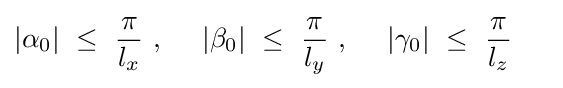
|\alpha _{0}|~\leq ~{\frac {\pi }{l_{x}}}~,~~~~|\beta _{0}|~\leq ~{\frac {\pi }{l_{y}}}~,~~~~|\gamma _{0}|~\leq ~{\frac {\pi }{l_{z}}}~~~~